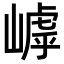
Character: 𡻻